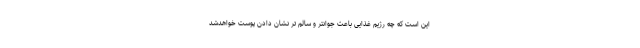
این است که چه رژیم غذایی باعث جوانتر و سالم تر نشان دادن پوست خواهدشد